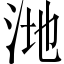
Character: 𪵸